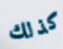
كذلك